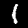
Label: 1